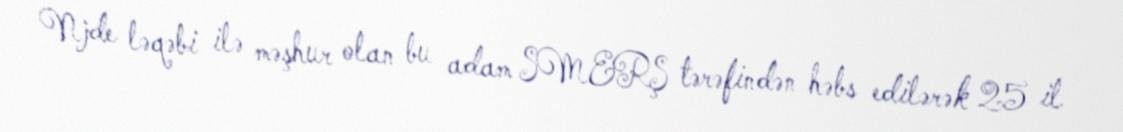
Njde ləqəbi ilə məşhur olan bu adam SMERŞ tərəfindən həbs edilərək 25 il